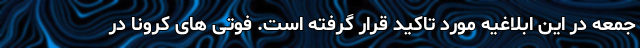
جمعه در این ابلاغیه مورد تاکید قرار گرفته است. فوتی های کرونا در